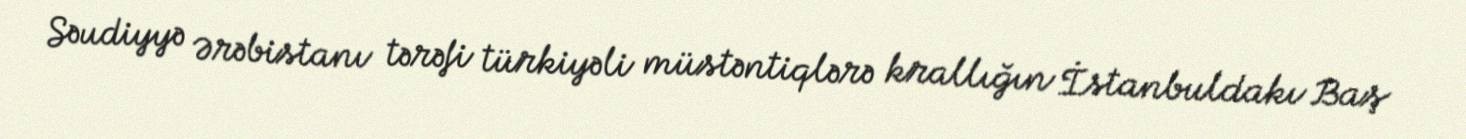
Səudiyyə Ərəbistanı tərəfi türkiyəli müstəntiqlərə krallığın İstanbuldakı Baş